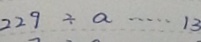
2 2 9 \div a \cdots 1 3